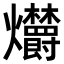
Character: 𤓣